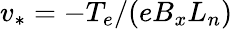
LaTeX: v_{*}=-T_{e}/(eB_{x}L_{n})